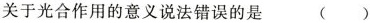
关于光合作用的意义说法错误的是 ( )